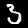
Digit: 3